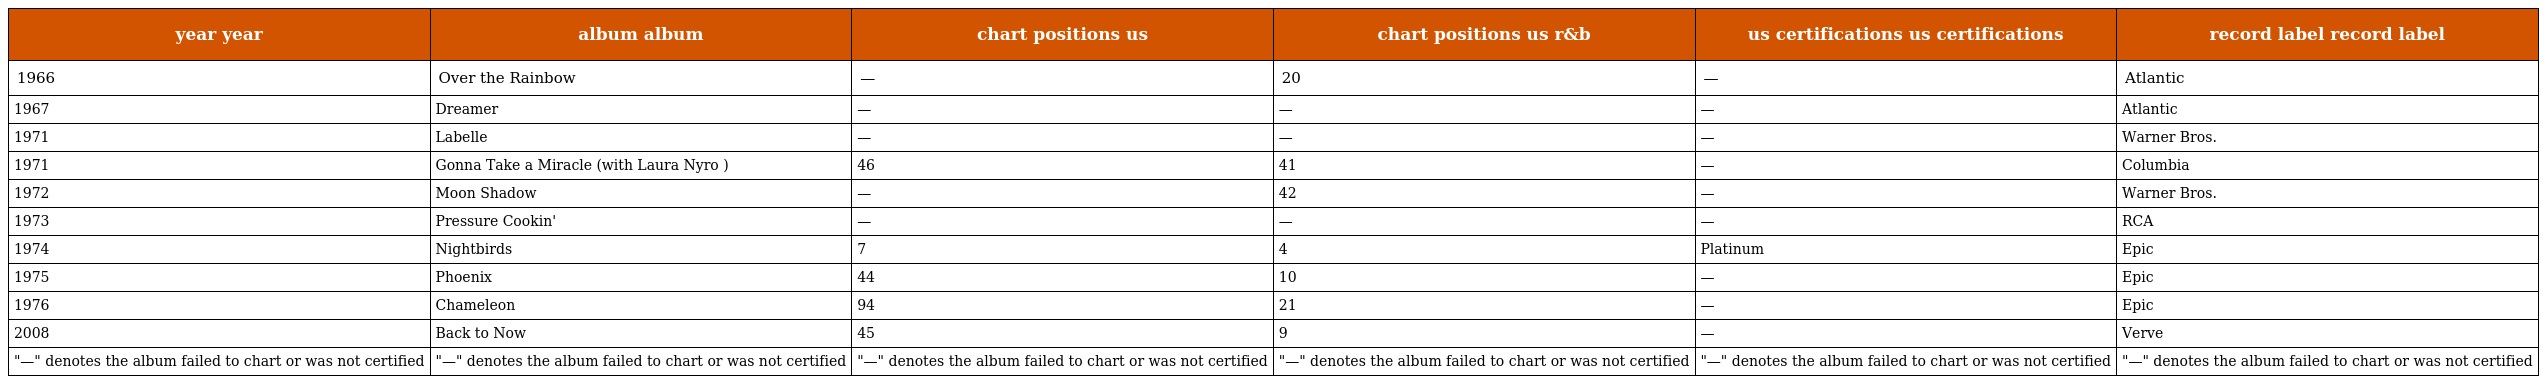
| year year | album album | chart positions us | chart positions us r&b | us certifications us certifications | record label record label |
 | --- | --- | --- | --- | --- | --- |
 | 1966 | Over the Rainbow | — | 20 | — | Atlantic |
 | 1967 | Dreamer | — | — | — | Atlantic |
 | 1971 | Labelle | — | — | — | Warner Bros. |
 | 1971 | Gonna Take a Miracle (with Laura Nyro ) | 46 | 41 | — | Columbia |
 | 1972 | Moon Shadow | — | 42 | — | Warner Bros. |
 | 1973 | Pressure Cookin' | — | — | — | RCA |
 | 1974 | Nightbirds | 7 | 4 | Platinum | Epic |
 | 1975 | Phoenix | 44 | 10 | — | Epic |
 | 1976 | Chameleon | 94 | 21 | — | Epic |
 | 2008 | Back to Now | 45 | 9 | — | Verve |
 | "—" denotes the album failed to chart or was not certified | "—" denotes the album failed to chart or was not certified | "—" denotes the album failed to chart or was not certified | "—" denotes the album failed to chart or was not certified | "—" denotes the album failed to chart or was not certified | "—" denotes the album failed to chart or was not certified |